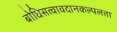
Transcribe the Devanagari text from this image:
बोधिसत्वावदानकल्पलता